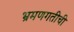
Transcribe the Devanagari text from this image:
भ्रमणगतीची